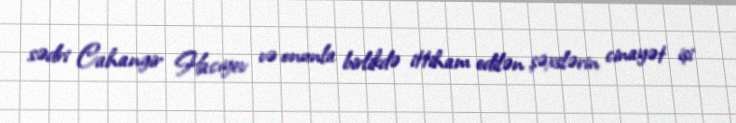
sədri Cahangir Hacıyev və onunla birlikdə ittiham edilən şəxslərin cinayət işi